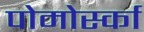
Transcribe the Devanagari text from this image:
पोमोर्स्का